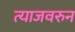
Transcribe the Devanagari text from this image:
त्याजवरुन